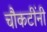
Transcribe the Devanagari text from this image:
चौकटींनी